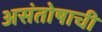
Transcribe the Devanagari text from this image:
असंतोषाची